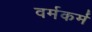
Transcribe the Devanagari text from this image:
वर्मकर्म